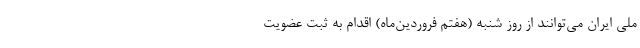
ملی ایران می‌توانند از روز شنبه (هفتم فروردین‌ماه) اقدام به ثبت عضویت